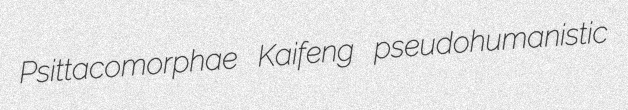
Psittacomorphae Kaifeng pseudohumanistic